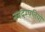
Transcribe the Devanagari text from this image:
नवदम्पतियों